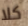
كلا